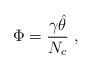
LaTeX: \begin{align*}\Phi = \frac{\gamma \hat{\theta}}{N_c} \ ,\end{align*}